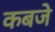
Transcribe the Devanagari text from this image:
कबजे